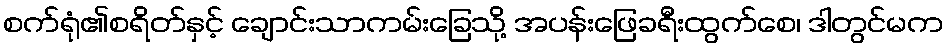
စက်ရုံ၏စရိတ်နှင့် ချောင်းသာကမ်းခြေသို့ အပန်းဖြေခရီးထွက်စေ၊ ဒါတွင်မက